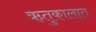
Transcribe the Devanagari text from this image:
ऋतुकालात